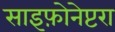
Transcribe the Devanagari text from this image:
साइफ़ोनेप्टरा